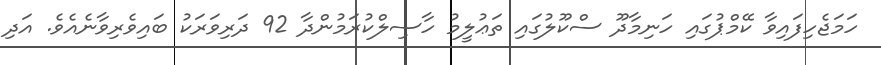
ހަމަޖެހިފައިވާ ކޭމްޕުގައި ހަނިމާދޫ ސްކޫލުގައި ތަޢުލީމު ހާސިލްކުރަމުންދާ 92 ދަރިވަރަކު ބައިވެރިވާނެއެވެ. އަދި